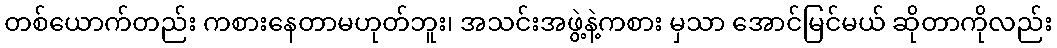
တစ်ယောက်တည်း ကစားနေတာမဟုတ်ဘူး၊ အသင်းအဖွဲ့နဲ့ကစား မှသာ အောင်မြင်မယ် ဆိုတာကိုလည်း